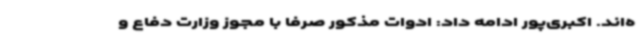
ه‌اند. اکبری‌پور ادامه داد: ادوات مذکور صرفا با مجوز وزارت دفاع و